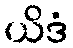
ယိဒံ